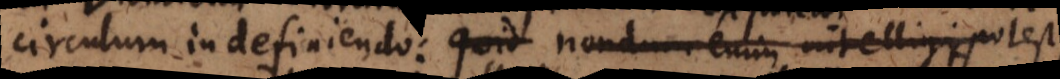
circulum in definiendo: quid nondum enim intelligi potest,